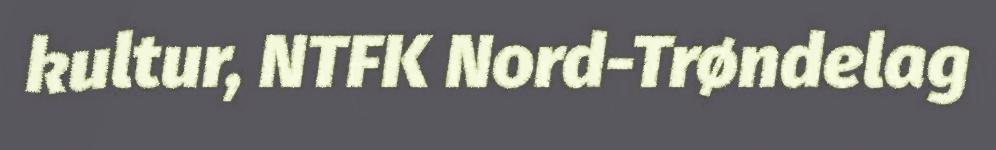
kultur, NTFK Nord-Trøndelag